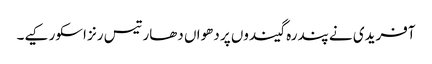
آفریدی نے پندرہ گیندوں پر دھواں دھار تیس رنز اسکور کیے۔